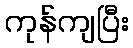
ကုန်ကျပြီး